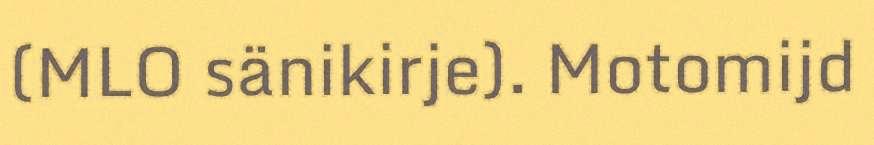
(MLO sänikirje). Motomijd